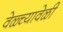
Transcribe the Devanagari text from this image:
वेळ्च्यावेळी